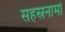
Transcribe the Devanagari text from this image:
सहस्रनामों